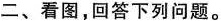
二、看图,回答下列问题.。